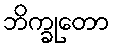
ဘိက္ခုတော